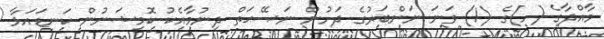
މާއްދާގެ (ހ)ގެ (1) ވަނަ ނަންބަރުގެ ދަށުން ނަޞޭޙަތް ދިނުމާއެކު ކޮމިޝަނުން ކަނޑައަޅާ